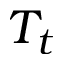
T _ { t }